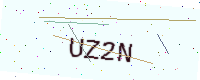
Text: UZ2N